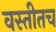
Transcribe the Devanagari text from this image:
वस्तीतच